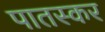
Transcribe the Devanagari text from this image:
पातस्कर